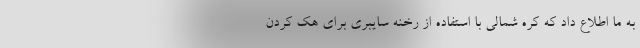
به ما اطلاع داد که کره شمالی با استفاده از رخنه سایبری برای هک کردن